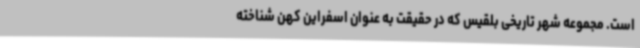
است. مجموعه‌ شهر تاریخی بلقیس که در حقیقت به عنوان اسفراین کهن شناخته